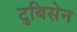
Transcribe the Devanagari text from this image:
टुबिसेन